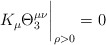
\begin{align*} K_{\mu}\Theta_{3}^{\mu\nu}{\bigg|}_{\rho>0}=0\end{align*}